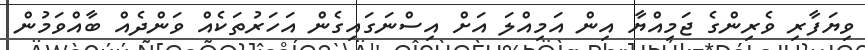
ވިޔަފާރި ވެރިންގެ ޖަމިއްޔާ އިން އަމިއްލަ އަށް އިސްނަގައިގެން އަހަރުތަކެއް ވަންދެއް ބާއްވަމުން